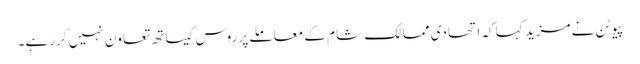
پیوٹن نے مزید کہا کہ اتحادی ممالک شام کے معاملے پر روس کیساتھ تعاون نہیں کر رہے۔